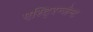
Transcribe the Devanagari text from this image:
एस्टि्रन्जेन्ट